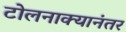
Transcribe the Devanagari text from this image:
टोलनाक्यानंतर